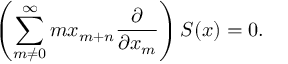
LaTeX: \left( \sum _ { m \neq 0 } ^ { \infty } { m x _ { m + n } { \frac { \partial } { \partial x _ { m } } } } \right) S ( x ) = 0 .